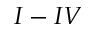
I - I V